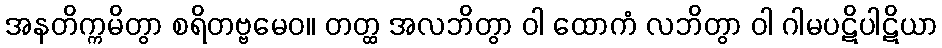
အနတိက္ကမိတွာ စရိတဗ္ဗမေဝ။ တတ္ထ အလဘိတွာ ဝါ ထောကံ လဘိတွာ ဝါ ဂါမပဋိပါဋိယာ